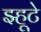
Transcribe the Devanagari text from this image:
झ्हूटे